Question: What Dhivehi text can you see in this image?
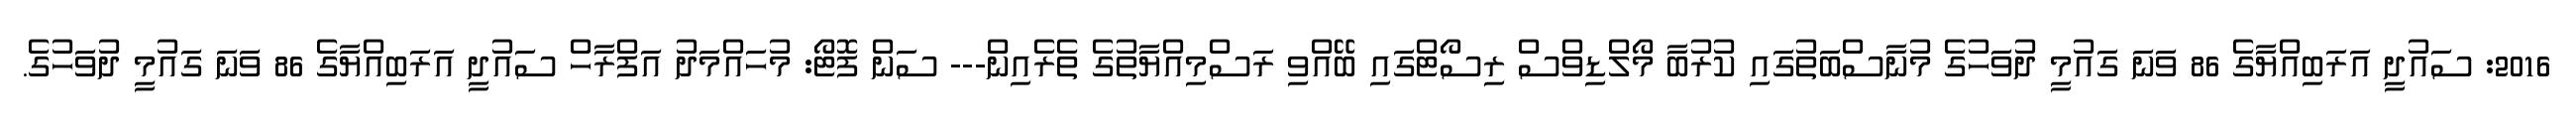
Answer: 2016: ސައުދީ އަރަބިއްޔާގެ 86 ވަނަ ގައުމީ ދުވަހުގެ މުނާސްބަތުގައި ކުރުބާ މޯލްޑިވްސް ރިސޯޓްގައި ބޭއްވި ރަސްމިއްޔާތުގެ ތެރެއިން--- ސަން ފޮޓޯ: މުހައްމަދު އަފްރާހް ސައުދީ އަރަބިއްޔާގެ 86 ވަނަ ގައުމީ ދުވަހުގެ.